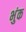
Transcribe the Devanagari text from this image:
भुंक